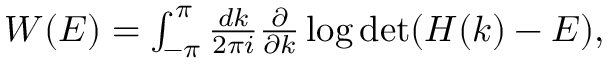
\begin{array} { r } { W ( E ) = \int _ { - \pi } ^ { \pi } \frac { d k } { 2 \pi i } \frac { \partial } { \partial k } \log \operatorname* { d e t } ( H ( k ) - E ) , } \end{array}